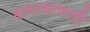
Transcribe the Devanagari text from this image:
वारल्यावरही